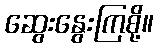
ဆွေးနွေးကြစို့။